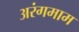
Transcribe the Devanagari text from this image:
अरंगमाम